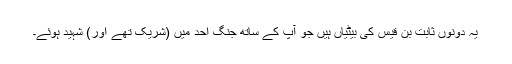
یہ دونوں ثابت بن قیس کی بیٹیاں ہیں جو آپ کے ساتھ جنگ احد میں (شریک تھے اور) شہید ہوئے۔